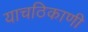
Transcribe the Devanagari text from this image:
याचठिकाणी